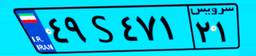
۲۹S۱۹۵۹۷